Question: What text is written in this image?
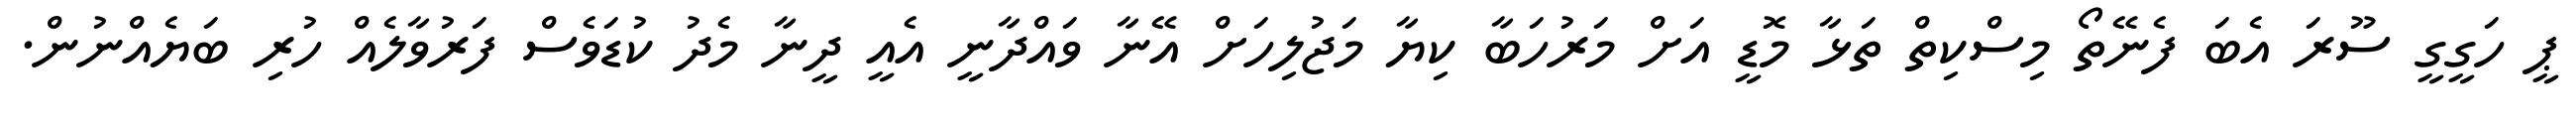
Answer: ޕީ ހަގީގީ ސޫރަ އެބަ ފެނޭތޯ މިސްކިތް ތަޅާ މޮޑީ އަށް މަރުހަބާ ކިޔާ މަޖުލިހަށް އޭނާ ވައްދާނީ އެއީ ދީނާ މެދު ކުޑަވެސް ފަރުވާލެއް ހުރި ބަޔެއްނުން.